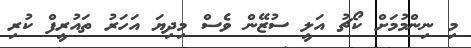
މި ނިންމުމަށް ކޯޗު އަލީ ސުޒޭން ވެސް މިދިޔަ އަހަރު ތައުރީފް ކުރި